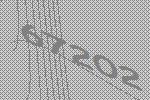
67202